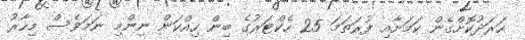
ހަރަދުކޮށްގެން ކަމަށާއި ފުރަތަމަ 25 ހެކްޓަރުގެ ބިން ހިއްކަން ނިންމި ނަމަވެސް މިހާރު